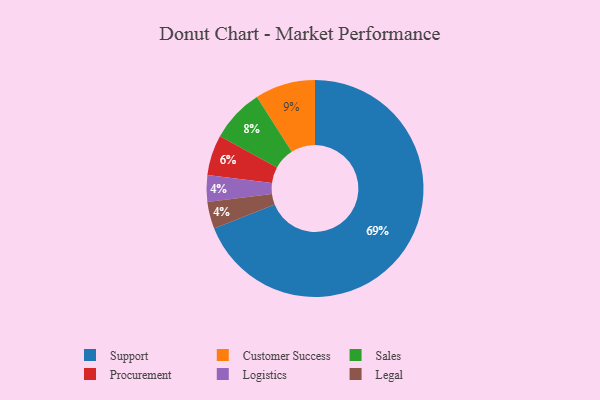
{"axis": {"x": "Category", "y": "Percentage"}, "legend": ["Customer Success", "Legal", "Logistics", "Procurement", "Sales", "Support"], "data": [{"x": "Sales", "y": 8, "type": "Sales"}, {"x": "Logistics", "y": 4, "type": "Logistics"}, {"x": "Procurement", "y": 6, "type": "Procurement"}, {"x": "Support", "y": 69, "type": "Support"}, {"x": "Customer Success", "y": 9, "type": "Customer Success"}, {"x": "Legal", "y": 4, "type": "Legal"}]}